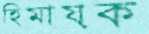
হিমায়ক